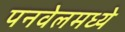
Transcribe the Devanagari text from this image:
पनवेलमध्ये